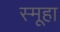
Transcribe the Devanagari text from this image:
स्मूहा